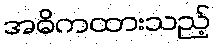
အဓိကထားသည့်